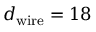
d _ { \mathrm { w i r e } } = 1 8